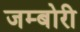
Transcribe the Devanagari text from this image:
जम्बोरी